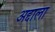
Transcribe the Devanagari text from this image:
अद्दाला